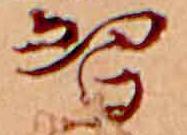
習